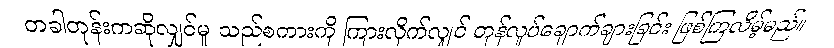
တခါတုန်းကဆိုလျှင်မူ သည်စကားကို ကြားလိုက်လျှင် တုန်လှုပ်ချောက်ချားခြင်း ဖြစ်ကြလိမ့်မည်။